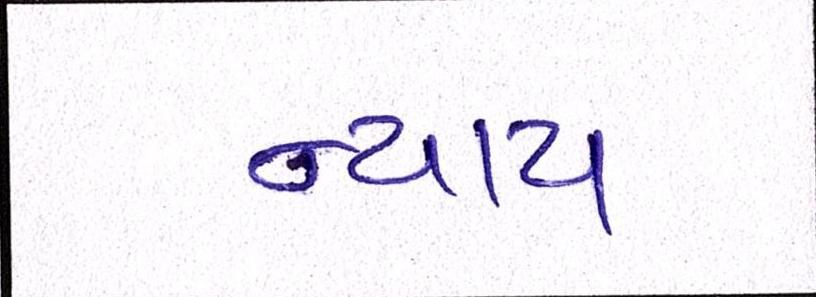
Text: ન્યાય